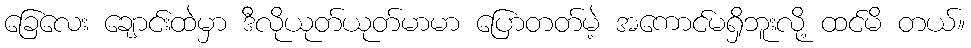
ခြေလေး ချောင်းထဲမှာ ဒီလိုယုတ်ယုတ်မာမာ ပြောတတ်မဲ့ အကောင်မရှိဘူးလို့ ထင်မိ တယ်။